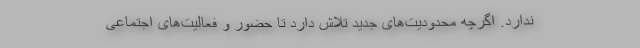
ندارد. اگرچه محدودیت‌های جدید تلاش دارد تا حضور و فعالیت‌‌های اجتماعی